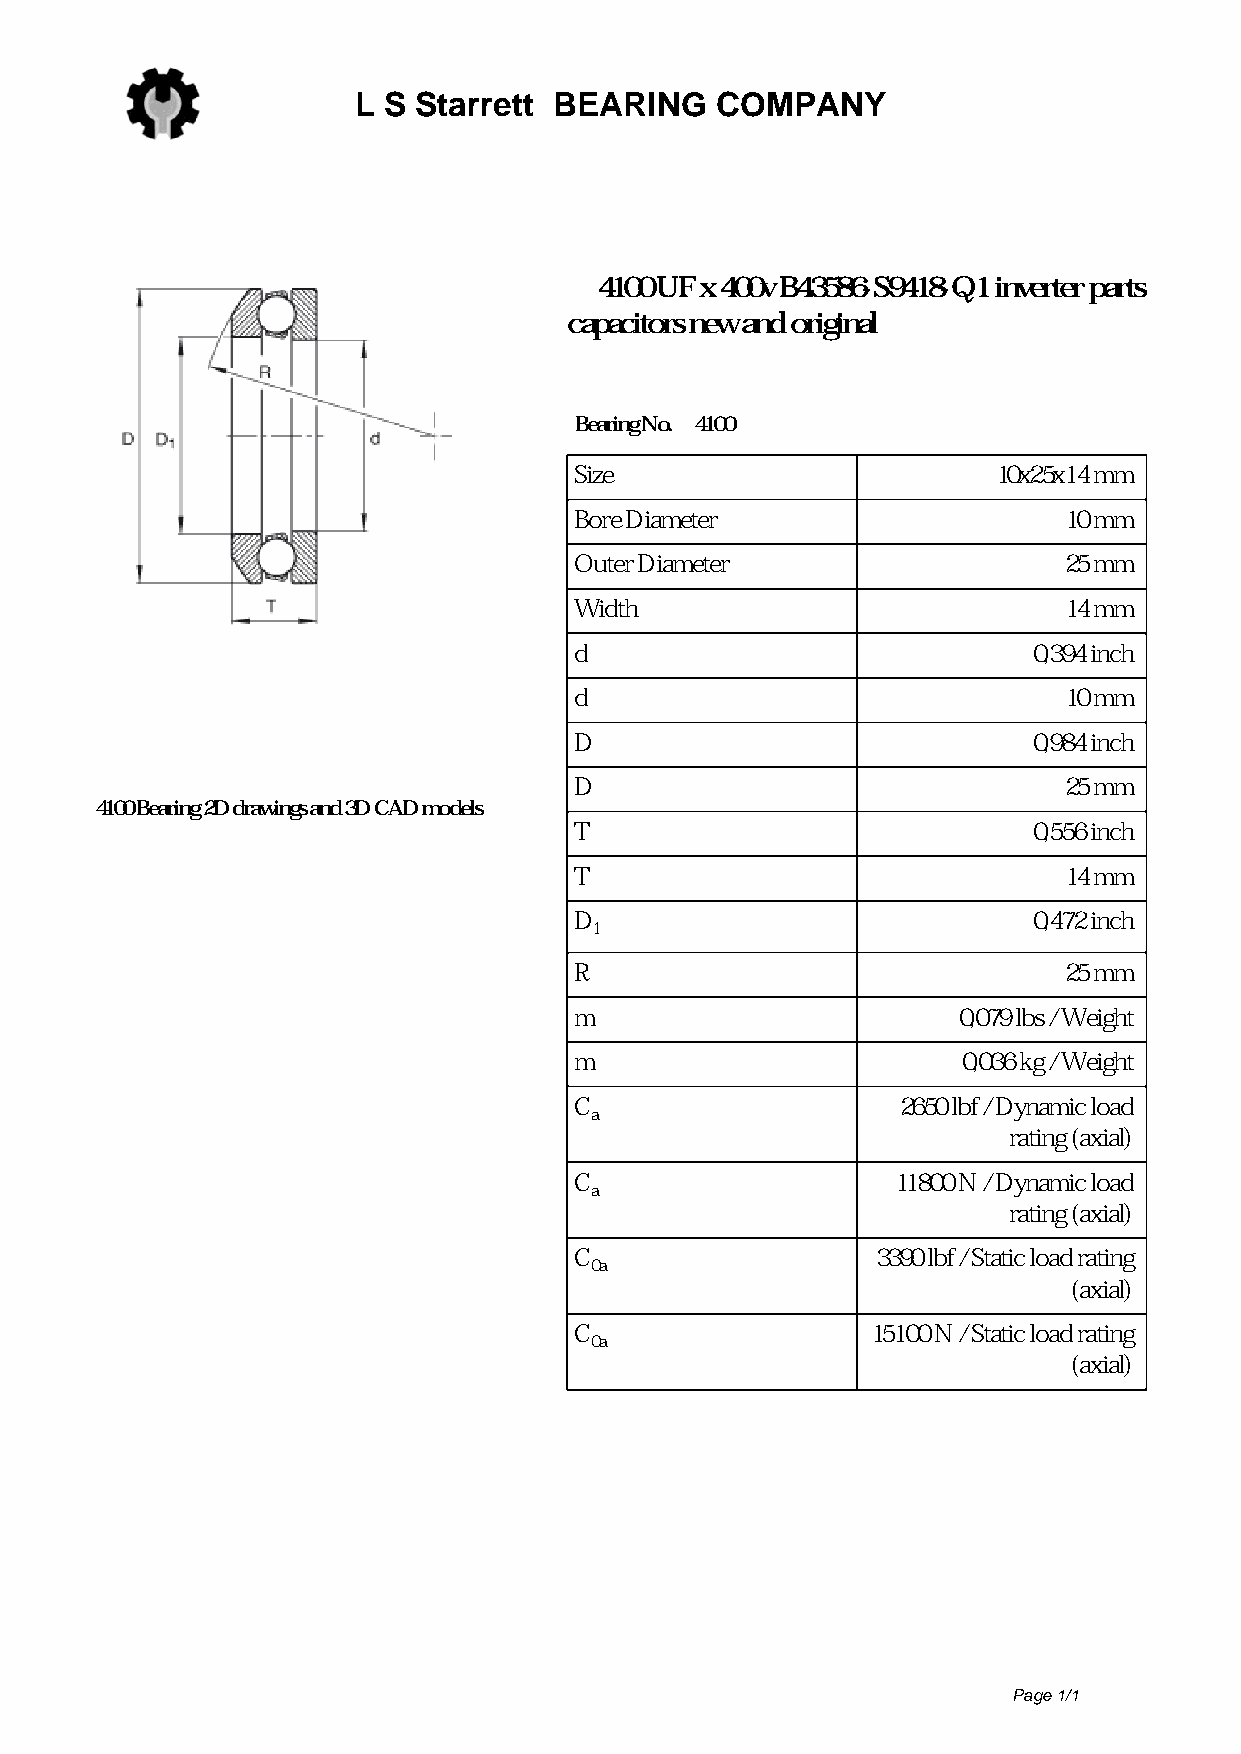
L S  Starrett BEARING   COMPANY
 4100 UF x 400v B43586-S9418-Q1 inverter parts
 capacitors new and original
 Bearing No. 4100
 Size                        10x25x14 mm
 Bore Diameter                   10 mm
 Outer Diameter                  25 mm
 Width                           14 mm
 d                             0,394 inch
 d                               10 mm
 D                             0,984 inch
 D                               25 mm
 4100 Bearing 2D drawings and 3D CAD models
 T                             0,556 inch
 T                               14 mm
 D                             0,472 inch
 1
 R                               25 mm
 m                        0,079 lbs / Weight
 m                         0,036 kg / Weight
 C                     2650 lbf / Dynamic load
 a
 rating (axial)
 C                    11800 N / Dynamic load
 a
 rating (axial)
 C                   3390 lbf / Static load rating
 0a
 (axial)
 C                   15100 N / Static load rating
 0a
 (axial)
 Page 1/1
 Powered by TCPDF (www.tcpdf.org)